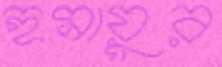
হুমায়ুর